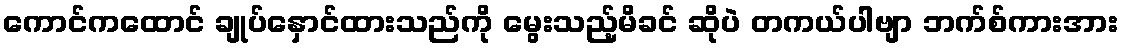
ကောင်ကထောင် ချုပ်နှောင်ထားသည်ကို မွေးသည့်မိခင် ဆိုပဲ တကယ်ပါဗျာ ဘက်စ်ကားအား